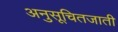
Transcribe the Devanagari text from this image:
अनुसूचितजाती